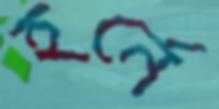
হর্নে